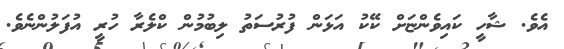
އެވެ. ޝާހީ ކައިވެންޏަށް ކޭކު އަޅަން ފުރުސަތު ލިބުމުން ކްލެރާ ހުރީ އުފަލުންނެވެ.